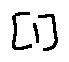
[ 1 ]